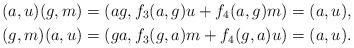
LaTeX: \begin{align*}(a,u)(g,m)=(ag,f_3(a,g)u+f_4(a,g)m)=(a,u),\\(g,m)(a,u)=(ga,f_3(g,a)m+f_4(g,a)u)=(a,u).\end{align*}